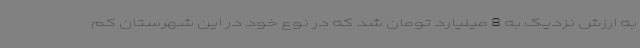
به ارزش نزدیک به 8 میلیارد تومان شد که در نوع خود در این شهرستان کم